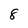
Character: 8